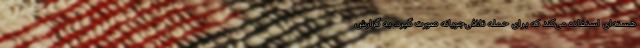
هسته‌ای استفاده می‌کند که برای حمله تلافی‌جویانه صورت گیرد. به گزارش